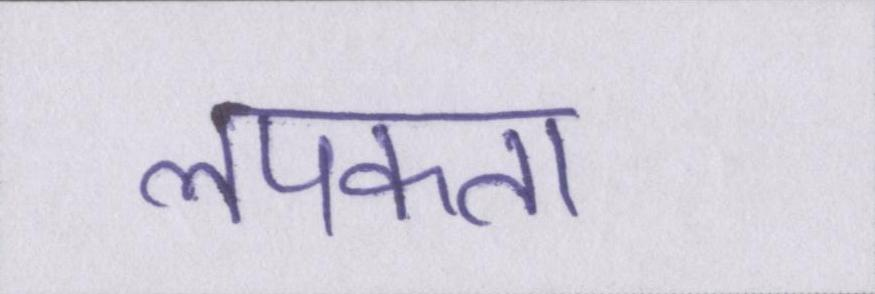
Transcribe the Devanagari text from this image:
लपकता